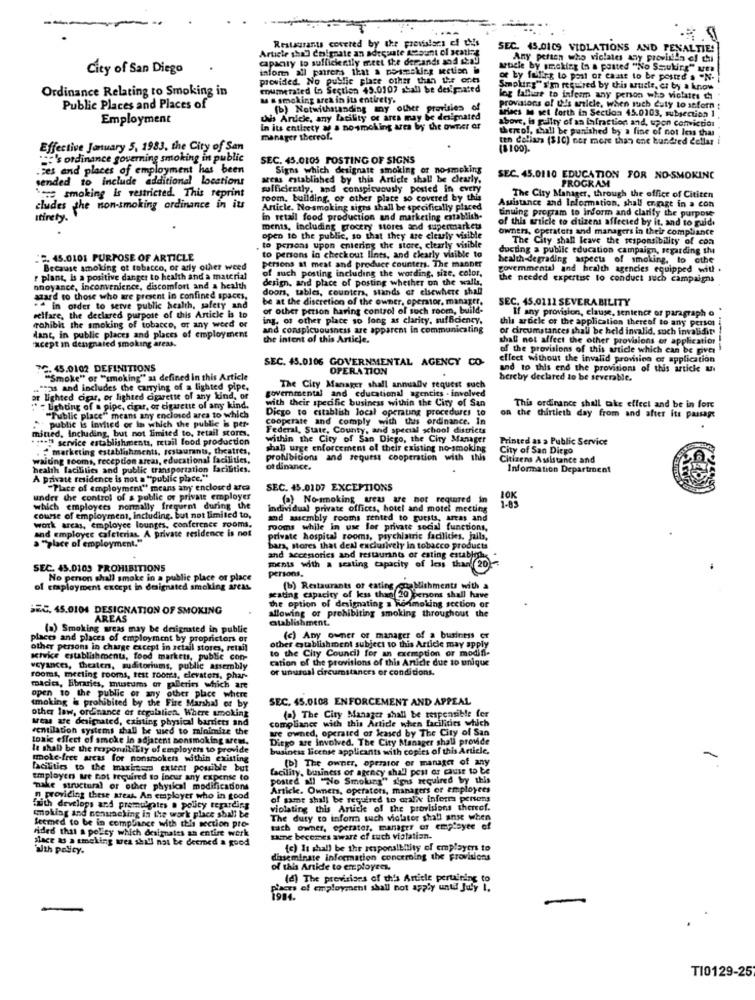
--
Restaurants covered by the provisions of this
Article shall dnignate an adequate Mount of seating
SEC. 45.0109 VIDLATIONS AND PENALTIE!
capacity to sufficiently meet the dercandı and stad
Any perten who violates any provision of chi
City of San Diego
inform all pairers that a posmaking section in
article by smoking in a posted "No Ssuking" wes
led. No public place other than the ones
or by falling to post or caast to be posted a -N-
Ordinance Relating to Smoking in
Enumerated in Section 49.0107 shall be designated
Smoking" s'm required by this article, er by a know
M & smoking area in its entirety.
log fallut to inform any person who violates th
Public Places and Places of
(b) Notwithstanding my other provisies of
provatons of Ufs anicie, when much duty to sofern :
ariacs M set forth in Section 45.0103, subsection 1
Employment
this Article, any Latility of area may be designated
above, is guilty of an infraction and, upon conviction
In its entirety a a nosmoking area by the owner of
thereof, shall be punished by a fine of not less than
manager thereof.
ten dollars ($10) ner more than one hundred Cellar
Effective January 5, 1983, the City of San
(8100).
"='s ordinance governing smoking in public
SEC. 45.0105 POSTING OF SIGNS
.zes and places of employment has been
Signs which designate smoking or no-smoking
sended to include additional locations
wels Established by this Article shall be clearly,
SEC. 45.0110 EDUCATION FOR NO-SMOKING
PROGRAM
' smoking is restricted. This reprint
sufficiently, and conspicuously posted in every
room, building, or other place so covered by this
The City Manager, through the office of Cititen
cludes the non-smoking ordinance in its
Article. Nosmoking sighs shall be specifically placed
Auistance and Information, shall ermagt in a con
tinuing program to inform and clarity the purpose
Itirety.
in retail food production and marketing establish-
of this article to citizens affected by it, and to guide
ments, including grocery stores and supermarket
owners, operators and managers in their compliance
open 16 the public, so that they are clearly visible
The City shall leave the responsibility of con
to persons upon entering the store, clearly visible
ducting a public education campaign, regarding the
2. 45.0101 PURPOSE OF ARTICLE
to persons in checkout lints, and clearly visible to
health-degrading aspects of smoking, to cthe
Because smoking ot tobacco, or arly other weed
persons at meat and produce counters. The manner
of such posting including the wording, size, color,
govemmental and health agencies equipped with .
r plant, is a positive danger to health and a material
design, and place of posting whether on the walls,
the needed expertise to conduct such campaigns
onoyance, inconvenience, discomfort and a health
doors, tables, counters, stands or elsewhere shall
azard to those who are present in confined spaces,
be at the discretion of the owner, operator, manager.
SEC. 45.0111 SEVERABILITY
. in order to serve public health, safety and
or other person having control of such room, build-
If any provision, clause, sentence or paragraph o
welfare, the declared purpose of this Article is to
ing. of other place so long as clarity, sufficiency.
this wruck or the application thereal to any person
tohibis the smoking of tobacco, or any weed or
and conspicuousness are apparent in communicating
or circumstances shall be held invalid, such invalidity
acept in dengnaied smoking areas.
dant, in public places and places of employment
the intent of this Article.
shall not affect the other provisions of application
of the provisions of this article which can be giver
SEC. 45.0106 GOVERNMENTAL AGENCY CO-
effect without the invalid provision of application
7C. 45.0102 DEFINITIONS
OPERATION
and to this end the provisions of this article un
""Smoke" or "smoking" as defined in this Article
hereby declared to be severable.
anas and includes the carrying of a lighted pipe,
governmental and educational agencies - involved
The City Manager shall annually request such
or lighted cigar, or lighted cigarette of any kind, of
with their specific business within the City of San
: Uchoing of a pipe, cigar, or cigarette of any kind.
Dicgo to establish local operating procedures to
This ordinance shall take effect and be in forc
"Public place" means any enclosed area to which
public is Invited or in which the public is per-
cooperate and comply with this ordinance. In
on the thirtieth day from and after its passage
Bned, Including, but not limited to, retail stores.
Federal, State, County, and special school districts
** 19 service establishments, retail food production
within the City of San Diego, the City Manager
Printed as a Public Service
marketing establishments, restaurants, theatres,
shal urge enforcement of their existing no-smoking
City of San Diego
waiting rooms, reception areas, educational facilities,
prohibitions and request cooperation with this
Citizens Assistance and
health facilities and public transportation facilities.
of dinanice.
Information Department
A private residence is not a "public place."
"Place of employment" means any enclosed arca
SEC. 45.0107 EXCEPTIONS
under the control of a public or private employer
(a)No-smoking wew are not required in
1.95
which employees normally frequent during the
individual private offices, hotel and motel meeting
course of employment, including, but not limited to,
and assembly rooms rented to guests, areas and
work arcas, employee lounges, conference rooms,
and employee cafeterias. A private residence is not
rooms while in use for private social functions,
private hospital rooms, psychiatric facilities, jails,
a "place of employment."
bara, stores that den exclusively in tobacco products
and accessories and restaurants or esting establish
SEC. 45.0109 PROHIBITIONS
ments with a seating capacity of less than 20
persons.
No person shall smoke in a public place of place
of employment except in designated smoking areas
(b) Restaurants of eating
gating capacity of less than20 persons shall have
the option of designating s honsmoking section or
SEC. 45.0104 DESIGNATION OF SMOKING
allowing of prohibiting smoking throughout the
AREAS
atablishment.
(a) Smoking areas may be designated in public
places and places of employment by proprictors at
(c) Any owner of manager of a business
other persons in charge except in actail stores, retail
to the City Council for an exemption or modif-
other establishment subject to this Article may apply
Kivie establishments, food markets, public con-
cation of the provisions of this Article due to unique
voyances, theaters, auditoriums, public assembly
or unusual circumstances or conditions.
rooms, meeting rooms, test rooms, elevators, phar-
macica, libraries, mustur or galleries which are
open to the public or any other place where
smoking is prohibited by the Fire Marshal or by
SEC. 45.0108 ENFORCEMENT AND APPEAL
other law, ordnance or regulatien. Where smoking
(a) The City Manager shall be responsible for
Meas we designated, existing physical barriers and
compliance with this Article when facilities which
ventilation systems shall be used to minimize the
we owned, operated of kased by The City of San
tonic effect of smoke In adjacent sonsmoking arem.
Diego are involved. The City Manager shall provide
It shall be the responsibility of employers to provide
business license applicants with copies of this Article.
smoke-free arcas for nonsmokers within existing
(b) The owner, opemaior or manager of any
-
facilities to the maximum extent possible but
facility, bininess of agency shall post or cause to be
employen are not required to Incur any expense to
posted all "No Smolung" signs required by this
'make structural or other physical modifications
Article. Owners, operators, managers or employees
D. providing these areas An employer who in good
of samt shall be required to wali informa persons
frith develops and premulgates a policy tegarding
violating this Article of the provisions thereof.
smoking and nonuaching in the work place shall be
The duty to inform such violator shall anse when
Seemed to be in compliance with this section pro-
hided that a policy which designates an entire work
tach owner, operater, manager of employee of
shace & a smoking wea shall not be deemed a good
same becomes aware of such vistation.
ath policy.
(c) It shall be the responsibility of employers to
diseminate information concerning the provisions
of this Article to employees.
(d) The provisions of this Article pertaining to
tiers of employment shall not apply untd July 1.
TI0129-25